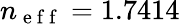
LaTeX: n_{\mathrm{~e~f~f~}}=1.7414